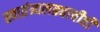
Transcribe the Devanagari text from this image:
स्वातंत्र्यलढ्याचीही